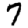
Digit: 7